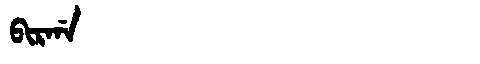
Manchu: ᠪᡳᡵᡤᠠ
Romanization: BIRGA